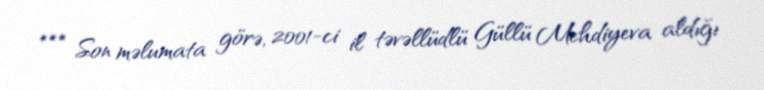
*** Son məlumata görə, 2001-ci il təvəllüdlü Güllü Mehdiyeva aldığı